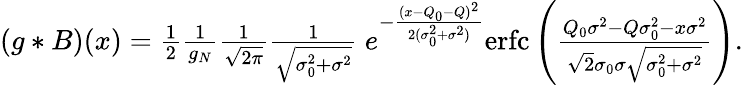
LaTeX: \begin{array}{r}{(g*B)(x)=\frac{1}{2}\frac{1}{g_{N}}\frac{1}{\sqrt{2\pi}}\frac{1}{\sqrt{\sigma_{0}^{2}+\sigma^{2}}}\ e^{-\frac{(x-Q_{0}-Q)^{2}}{2(\sigma_{0}^{2}+\sigma^{2})}}\mathrm{erfc}\left(\frac{Q_{0}\sigma^{2}-Q\sigma_{0}^{2}-x\sigma^{2}}{\sqrt{2}\sigma_{0}\sigma\sqrt{\sigma_{0}^{2}+\sigma^{2}}}\right).}\end{array}